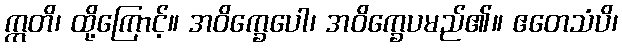
ဣတိ၊ ထို့ကြောင့်။ အဝိက္ခေပေါ၊ အဝိက္ခေပမည်၏။ ဧတေသံပိ၊